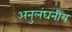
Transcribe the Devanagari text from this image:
अनुलंघनीय